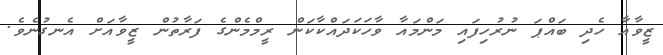
ޒީވާއާ ހެދި ބައްޕަ ނުރުހިފައި މަންމައާ ވާހަކަދައްކާކަން ރީމްމެންގެ ފަރާތުން ޒީވާއަށް އެނގުނެވެ.